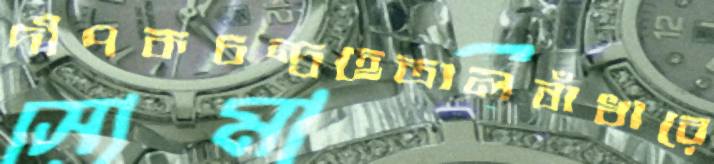
দীপকচন্দ্রহেতালবাঁধারে